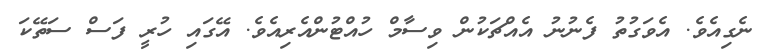
ނެގިއެވެ. އެވަގުތު ފެނުނު އެއްޗަކުން ވިސާމް ހުއްޓުންއެރިއެވެ. އޭގައި ހުރީ ފަސް ސަތޭކަ